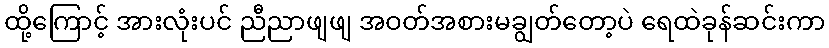
ထို့ကြောင့် အားလုံးပင် ညီညာဖျဖျ အဝတ်အစားမချွတ်တော့ပဲ ရေထဲခုန်ဆင်းကာ